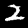
Digit: 2